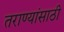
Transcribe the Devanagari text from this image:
तराण्यांसाठी